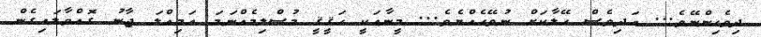
ދިވެހިންނޭވެ... އަދިވެސް ހޭލާކަށް ނުވޭހެއްޔެވެ... މީނާއަކީ ހަޤީޤީ މުސްލިމެއްނަމަ އަމިއްލަ ޖާނު ގޮއްވާލައިގެން